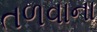
તળવાના